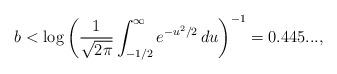
LaTeX: \begin{align*}b<\log \left(\frac{1}{\sqrt{2\pi}}\int_{-1/2}^{\infty}e^{-u^2/2}\,du\right)^{-1}=0.445...,\end{align*}